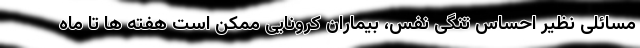
مسائلی نظیر احساس تنگی نفس، بیماران کرونایی ممکن است هفته ها تا ماه